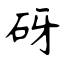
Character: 砑